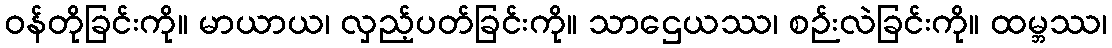
ဝန်တိုခြင်းကို။ မာယာယ၊ လှည့်ပတ်ခြင်းကို။ သာဌေယဿ၊ စဉ်းလဲခြင်းကို။ ထမ္ဘဿ၊